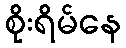
စိုးရိမ်နေ